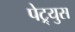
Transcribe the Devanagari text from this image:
पेट्र्युस